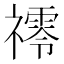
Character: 鿅